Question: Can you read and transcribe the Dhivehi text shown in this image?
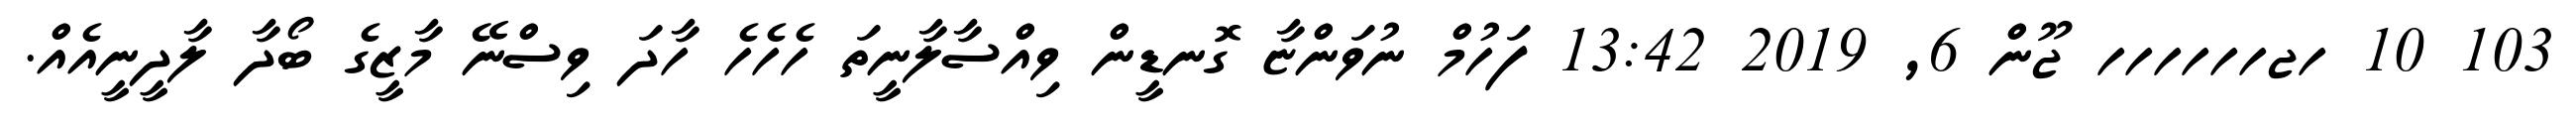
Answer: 103 10 ހޖހހހހހހ ޖޫން 6, 2019 13:42 ފަހުމް ނުވަންޏާ ގޮނޑީން ވިއްސާލާނީތަ ހެހެހެ ހާދަ ވިސްނޭ މާޒީގެ ބޯދާ ލާދީނީއެއް.